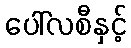
ပေါ်လစီနှင့်